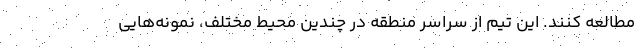
مطالعه کنند. این تیم از سراسر منطقه در چندین محیط مختلف، نمونه‌هایی